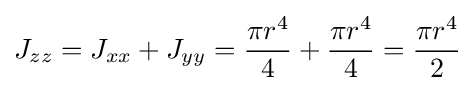
J_{zz}=J_{xx}+J_{yy}={\frac {\pi r^{4}}{4}}+{\frac {\pi r^{4}}{4}}={\frac {\pi r^{4}}{2}}